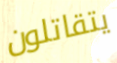
يتقاتلون